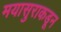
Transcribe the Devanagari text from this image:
मयासुराकडून